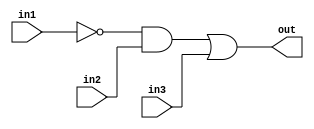
module complex_logic_gate (
  input wire in1,
  input wire in2,
  input wire in3,
  output wire out
);

  wire not_in1;
  
  assign not_in1 = ~in1;
  
  assign out = not_in1 & in2 | in3;

endmodule